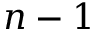
n - 1